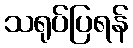
သရုပ်ပြရန်